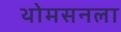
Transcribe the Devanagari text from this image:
थोमसनला